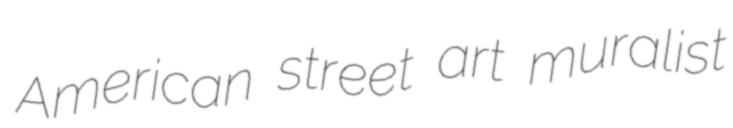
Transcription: American street art muralist